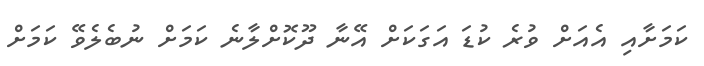
ކަމަށާއި އެއަށް ވުރެ ކުޑަ އަގަކަށް އޭނާ ދޫކޮށްލާނެ ކަމަށް ނުބެލެވޭ ކަމަށް